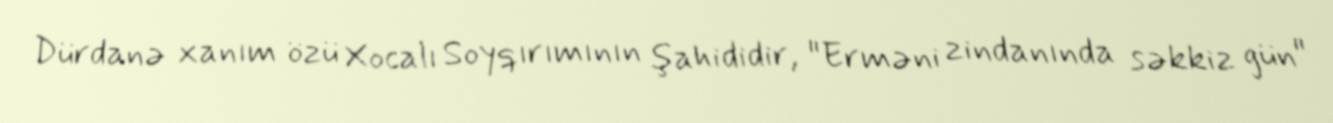
Dürdanə xanım özü Xocalı Soyqırımının şahididir, "Erməni zindanında səkkiz gün"